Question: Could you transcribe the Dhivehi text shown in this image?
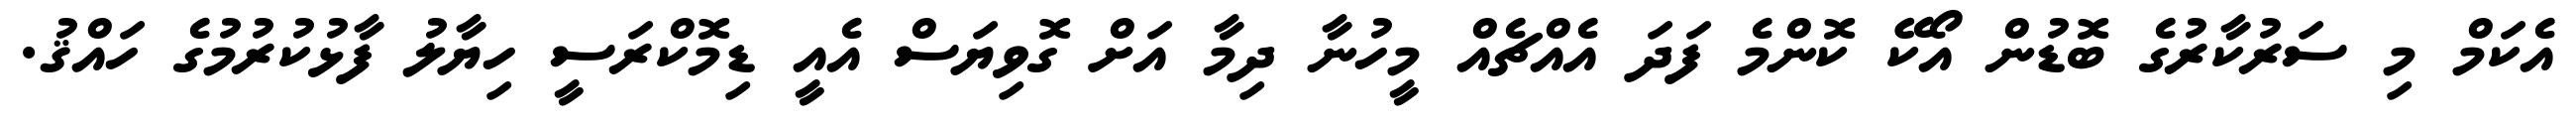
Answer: އެކަމް މި ސަރުކާރުގެ ބޮޑުން އޯކޭ ކޮންމެ ފަދަ އެއްޗެއް މީހުނާ ދިމާ އަށް ގޮވިޔަސް އެއީ ޑިމޮކްރަސީ ހިޔާލު ފާޅުކުރުމުގެ ހައްޤު.